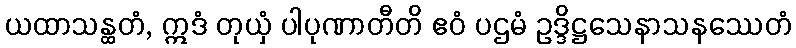
ယထာသန္ထတံ, ဣဒံ တုယှံ ပါပုဏာတီတိ ဧဝံ ပဌမံ ဥဒ္ဒိဋ္ဌသေနာသနဿေတံ